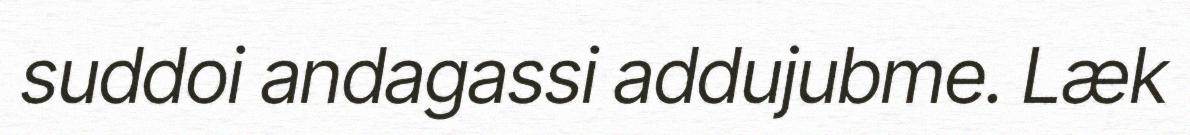
suddoi andagassi addujubme. Læk